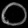
Digit: ၀